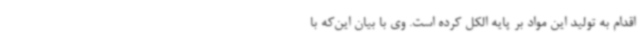
اقدام به تولید این مواد بر پایه الکل کرده است. وی با بیان این‌که با